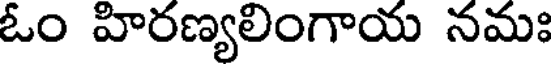
ఓం హిరణ్యలింగాయ నమః